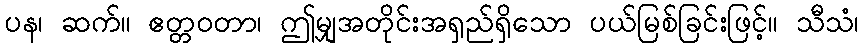
ပန၊ ဆက်။ ဧတ္တဝတာ၊ ဤမျှအတိုင်းအရှည်ရှိသော ပယ်မြစ်ခြင်းဖြင့်။ သီသံ၊